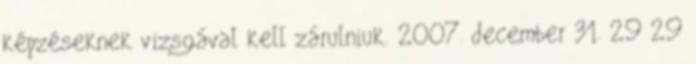
képzéseknek vizsgával kell zárulniuk. 2007. december 31. 29 29